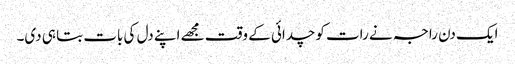
ایک دن راجہ نے رات کو چدائی کے وقت مجھے اپنے دل کی بات بتا ہی دی۔